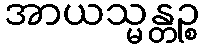
အာယသ္မန္တဉ္စ